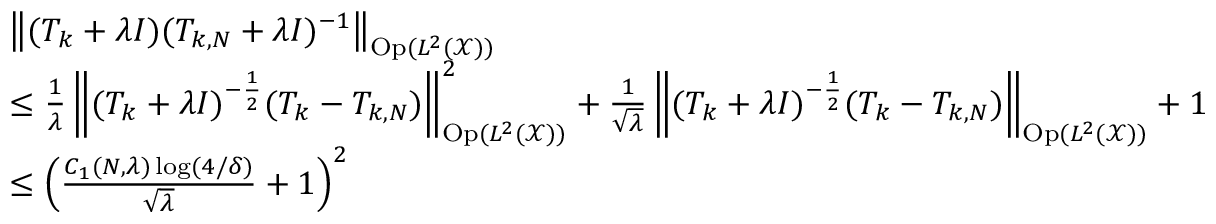
\begin{array} { r l } & { \left\lVert ( T _ { k } + \lambda I ) ( T _ { k , N } + \lambda I ) ^ { - 1 } \right\rVert _ { \mathrm { O p } ( L ^ { 2 } ( \mathcal { X } ) ) } } \\ & { \le \frac { 1 } { \lambda } \left\lVert ( T _ { k } + \lambda I ) ^ { - \frac 1 2 } ( T _ { k } - T _ { k , N } ) \right\rVert _ { \mathrm { O p } ( L ^ { 2 } ( \mathcal { X } ) ) } ^ { 2 } + \frac { 1 } { \sqrt { \lambda } } \left\lVert ( T _ { k } + \lambda I ) ^ { - \frac 1 2 } ( T _ { k } - T _ { k , N } ) \right\rVert _ { \mathrm { O p } ( L ^ { 2 } ( \mathcal { X } ) ) } + 1 } \\ & { \le \left( \frac { C _ { 1 } ( N , \lambda ) \log ( 4 / \delta ) } { \sqrt { \lambda } } + 1 \right) ^ { 2 } } \end{array}